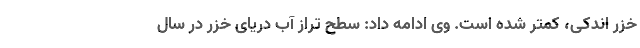
خزر اندکی، کمتر شده است. وی ادامه داد: سطح تراز آب دریای خزر در سال